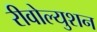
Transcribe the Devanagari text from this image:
रीवोल्युशन